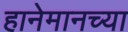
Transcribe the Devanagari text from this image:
हानेमानच्या